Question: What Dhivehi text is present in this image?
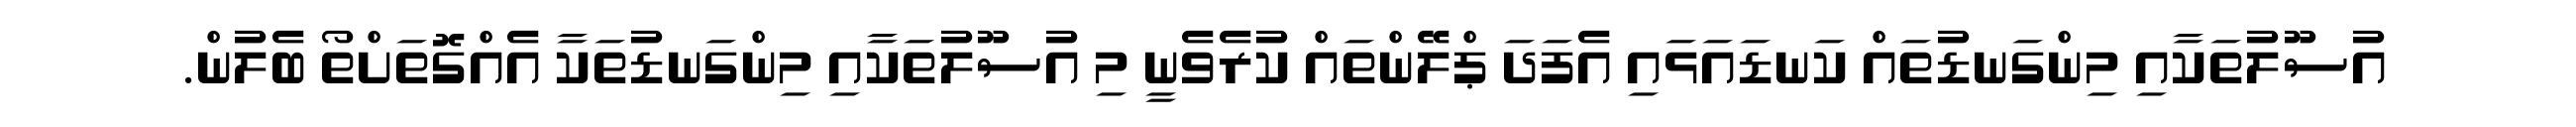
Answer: އުސޫލުތަކާއި މިންގަނޑުތައް ކަނޑައަޅައި އެފަދަ ޕްލޭންތައް ކުރެވެނީ މި އުސޫލުތަކާއި މިންގަނޑުތަކާ އެއްގޮތަށްތޯ ބެލުން.